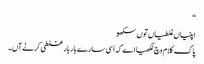
‏“‏
اپنیاں غلطیاں توں سکھو
پاک کلام وچ لکھیا اے کہ اَسی سارے بار بار غلطی کرنے آں۔